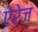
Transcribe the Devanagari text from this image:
ऐरेज़